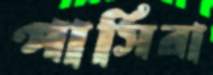
পার্সিরা